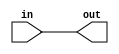
module signext #(parameter widthIn = 1, parameter widthOut = 1) (
        input [widthIn-1:0] in,
        output [widthOut-1:0] out
    );

    assign out = {{(widthOut-widthIn){in[widthIn-1]}}, in};
endmodule